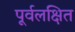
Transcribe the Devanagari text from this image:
पूर्वलक्षित